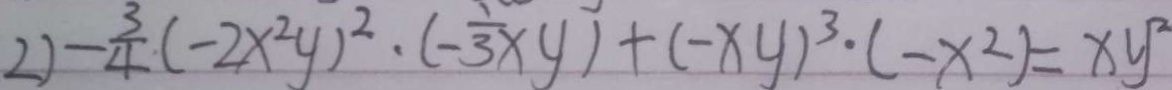
2 ) - \frac { 3 } { 4 } ( - 2 x ^ { 2 } y ) ^ { 2 } \cdot ( - \frac { 1 } { 3 } x y ) + ( - x y ) ^ { 3 } \cdot ( - x ^ { 2 } ) = x y ^ { 2 }